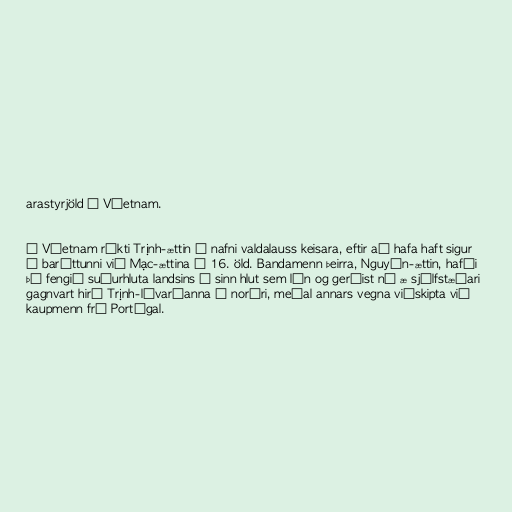
arastyrjöld í Víetnam.

Í Víetnam ríkti Trịnh-ættin í nafni valdalauss keisara, eftir að hafa haft sigur
í baráttunni við Mạc-ættina á 16. öld. Bandamenn þeirra, Nguyên-ættin, hafði
þá fengið suðurhluta landsins í sinn hlut sem lén og gerðist nú æ sjálfstæðari
gagnvart hirð Trịnh-lávarðanna í norðri, meðal annars vegna viðskipta við
kaupmenn frá Portúgal.